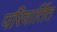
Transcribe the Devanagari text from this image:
परिवार्तित